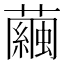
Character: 繭